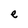
Character: e